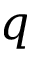
q